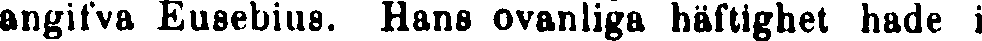
angifva Eusebius. Hans ovanliga häftighet hade i